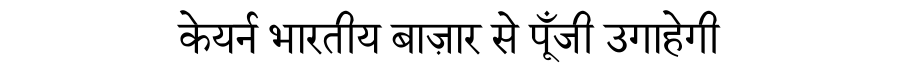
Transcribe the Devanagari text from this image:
केयर्न भारतीय बाज़ार से पूँजी उगाहेगी